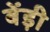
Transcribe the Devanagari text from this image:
बेंड़ी